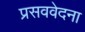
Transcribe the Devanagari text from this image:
प्रसववेदना